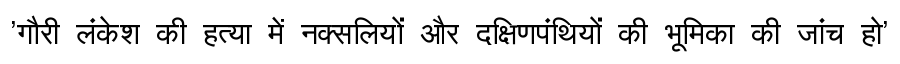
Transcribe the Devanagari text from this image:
'गौरी लंकेश की हत्या में नक्सलियों और दक्षिणपंथियों की भूमिका की जांच हो'